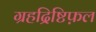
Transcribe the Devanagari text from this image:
ग्रहद्रिष्टिफ़ल